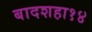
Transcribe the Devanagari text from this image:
बादशहा१४